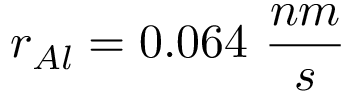
r _ { A l } = 0 . 0 6 4 ~ \frac { n m } { s }